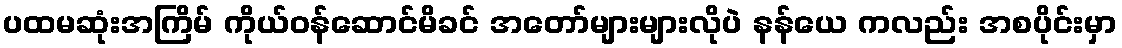
ပထမဆုံးအကြိမ် ကိုယ်ဝန်ဆောင်မိခင် အတော်များများလိုပဲ နန်ယေ ကလည်း အစပိုင်းမှာ